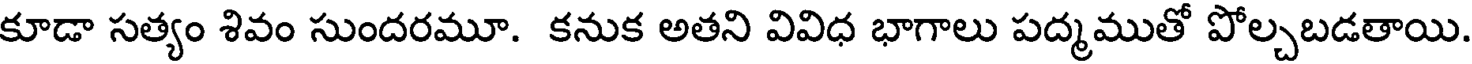
కూడా సత్యం శివం సుందరమూ. కనుక అతని వివిధ భాగాలు పద్మముతో పోల్చబడతాయి.